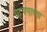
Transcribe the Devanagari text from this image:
घट्टपणाच्या